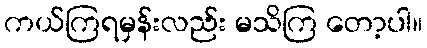
ကယ်ကြရမှန်းလည်း မသိကြ တော့ပါ။